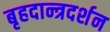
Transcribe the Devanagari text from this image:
बृहदान्त्रदर्शन